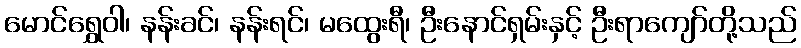
မောင်ရွှေဝါ၊ နန်းခင်၊ နန်းရင်၊ မထွေးရီ၊ ဦးနောင်ရှမ်းနှင့် ဦးရာကျော်တို့သည်